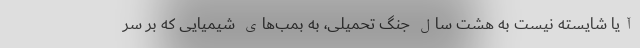
آیا شایسته نیست به هشت سال جنگ تحمیلی، به بمب‌های شیمیایی که بر سر